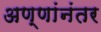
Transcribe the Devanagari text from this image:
अण्णांनंतर